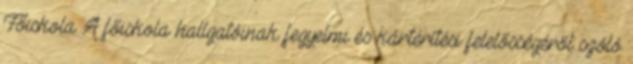
Főiskola A főiskola hallgatóinak fegyelmi és kártérítési felelősségéről szóló